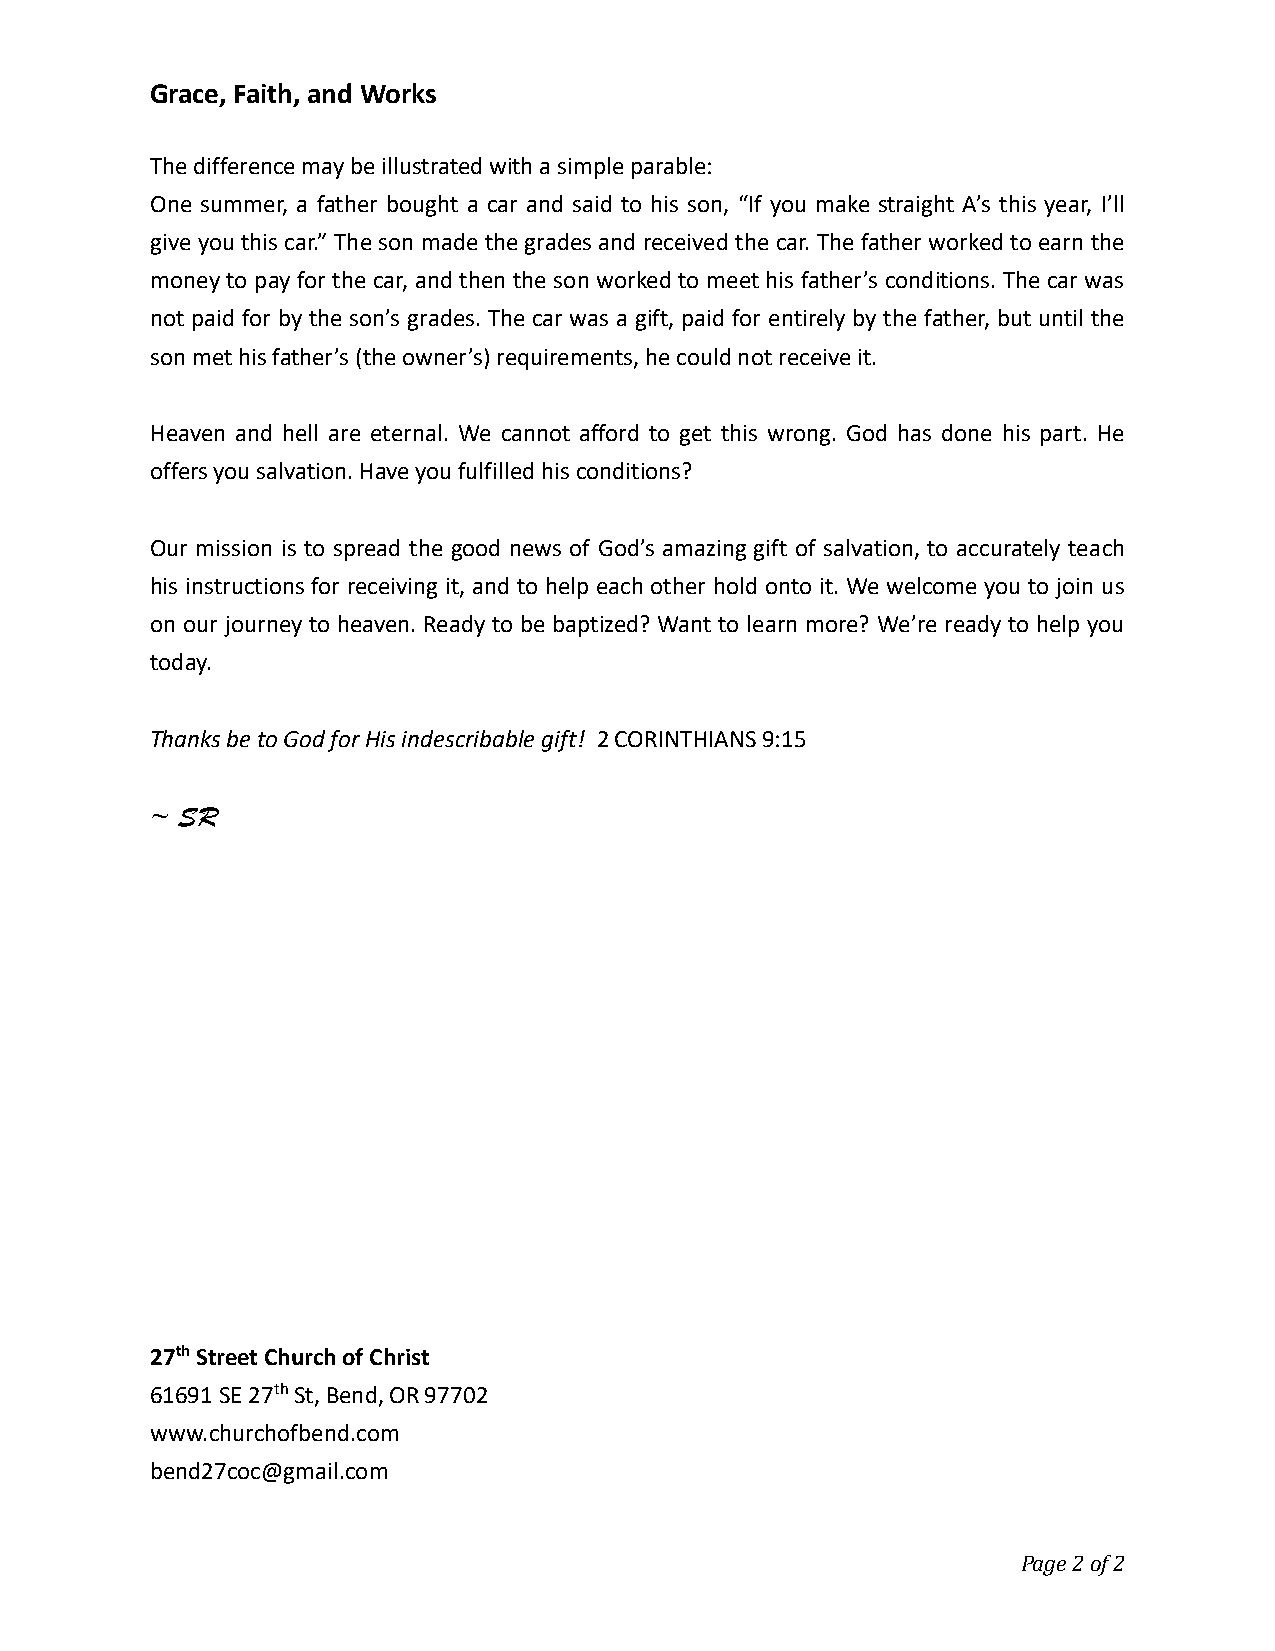
Grace, Faith, and Works
 The difference may be illustrated with a simple parable:
 One summer, a father bought a car and said to his son, “If you make straight A’s this year, I’ll
 give you this car.” The son made the grades and received the car. The father worked to earn the
 money to pay for the car, and then the son worked to meet his father’s conditions. The car was
 not paid for by the son’s grades. The car was a gift, paid for entirely by the father, but until the
 son met his father’s (the owner’s) requirements, he could not receive it.
 Heaven and hell are eternal. We cannot afford to get this wrong. God has done his part. He
 offers you salvation. Have you fulfilled his conditions?
 Our mission is to spread the good news of God’s amazing gift of salvation, to accurately teach
 his instructions for receiving it, and to help each other hold onto it. We welcome you to join us
 on our journey to heaven. Ready to be baptized? Want to learn more? We’re ready to help you
 today.
 Thanks be to God for His indescribable gift! 2 CORINTHIANS 9:15
 ~ SR
 27th Street Church of Christ
 61691 SE 27th St, Bend, OR 97702
 www.churchofbend.com
 bend27coc@gmail.com
 Page 2 of 2